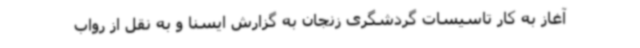
آغاز به کار تاسیسات گردشگری زنجان به گزارش ایسنا و به نقل از رواب